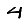
Digit: 4